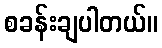
စခန်းချပါတယ်။